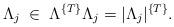
LaTeX: \begin{align*}\Lambda_j\; \in\; \Lambda^{\{ T \}} \Lambda_j = |\Lambda_j|^{\{ T \}}.\end{align*}